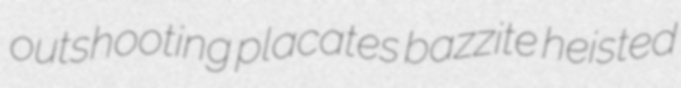
outshooting placates bazzite heisted